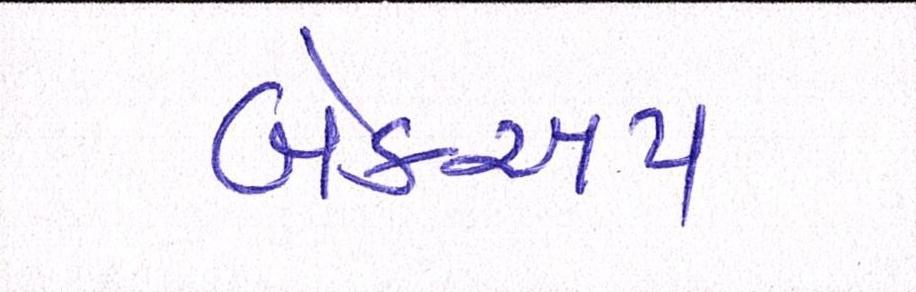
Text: બ્રેકઅપ